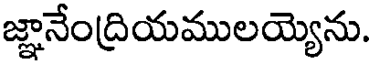
జ్ఞానేంద్రియములయ్యెను.